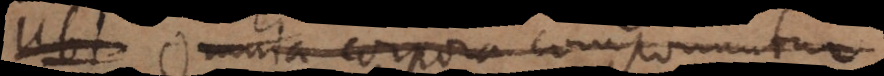
Ubi Omnia corpora componuntur